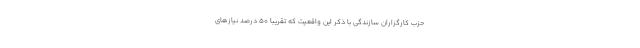
حزب کارگزاران سازندگی با ذکر این واقعیت که تقریباً ۵۰ درصد نیازهای